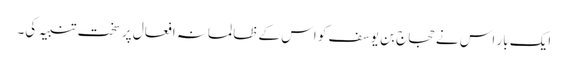
ایک بار اس نے حجاج بن یوسف کو اس کے ظالمانہ افعال پر سخت تنبیہ کی۔